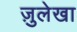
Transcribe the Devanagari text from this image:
ज़ुलेखा